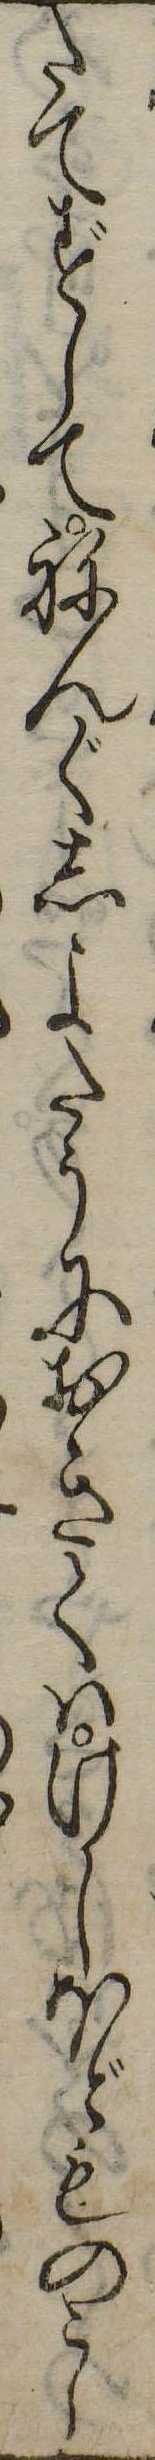
たてずしてねんぐしよたうにおきてはけしほどものこら